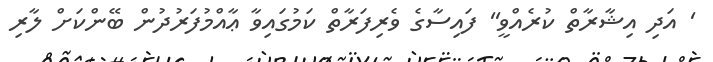
' އަދި އިޝާރާތް ކުރެއްވީ'' ފައިސާގެ ވެރިފަރާތް ކަމުގައިވާ ޢާއްމުފަރުދުން ބޭންކަށް ލާރި